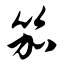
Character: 笳